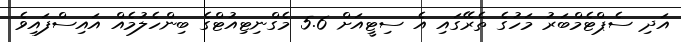
އަދި ސެޕްޓެމްބަރު މަހުގެ ތެރޭގައި އެ ސިޓީއަށް 5.6 މެގްނިޓިއުޓްގެ ބިންހެލުމެއް އައިސްފައިވެ